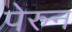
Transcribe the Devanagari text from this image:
पेरुन